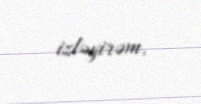
izləyirəm.